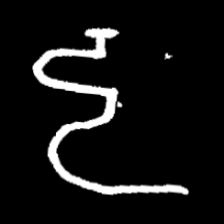
Pyu character \u2014 Myanmar letter: ဠ (romanized: lla)